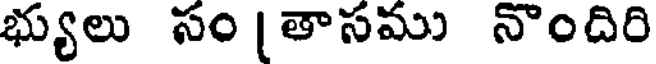
భ్యులు సం [తాసము నొందిరి